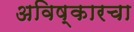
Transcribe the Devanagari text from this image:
अविष्कारचा